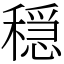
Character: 穏